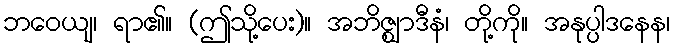
ဘဝေယျ၊ ရာ၏။ (ဤသို့ပေး)။ အဘိဇ္ဈာဒီနံ၊ တို့ကို။ အနုပ္ပါဒနေန၊